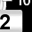
Digit: 2